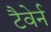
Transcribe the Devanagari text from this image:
टैवेर्न